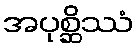
အပုစ္ဆိဿံ